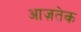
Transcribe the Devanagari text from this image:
आज़तेक